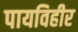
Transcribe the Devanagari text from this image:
पायविहीर